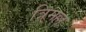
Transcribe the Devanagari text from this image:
त्रिमल्ल